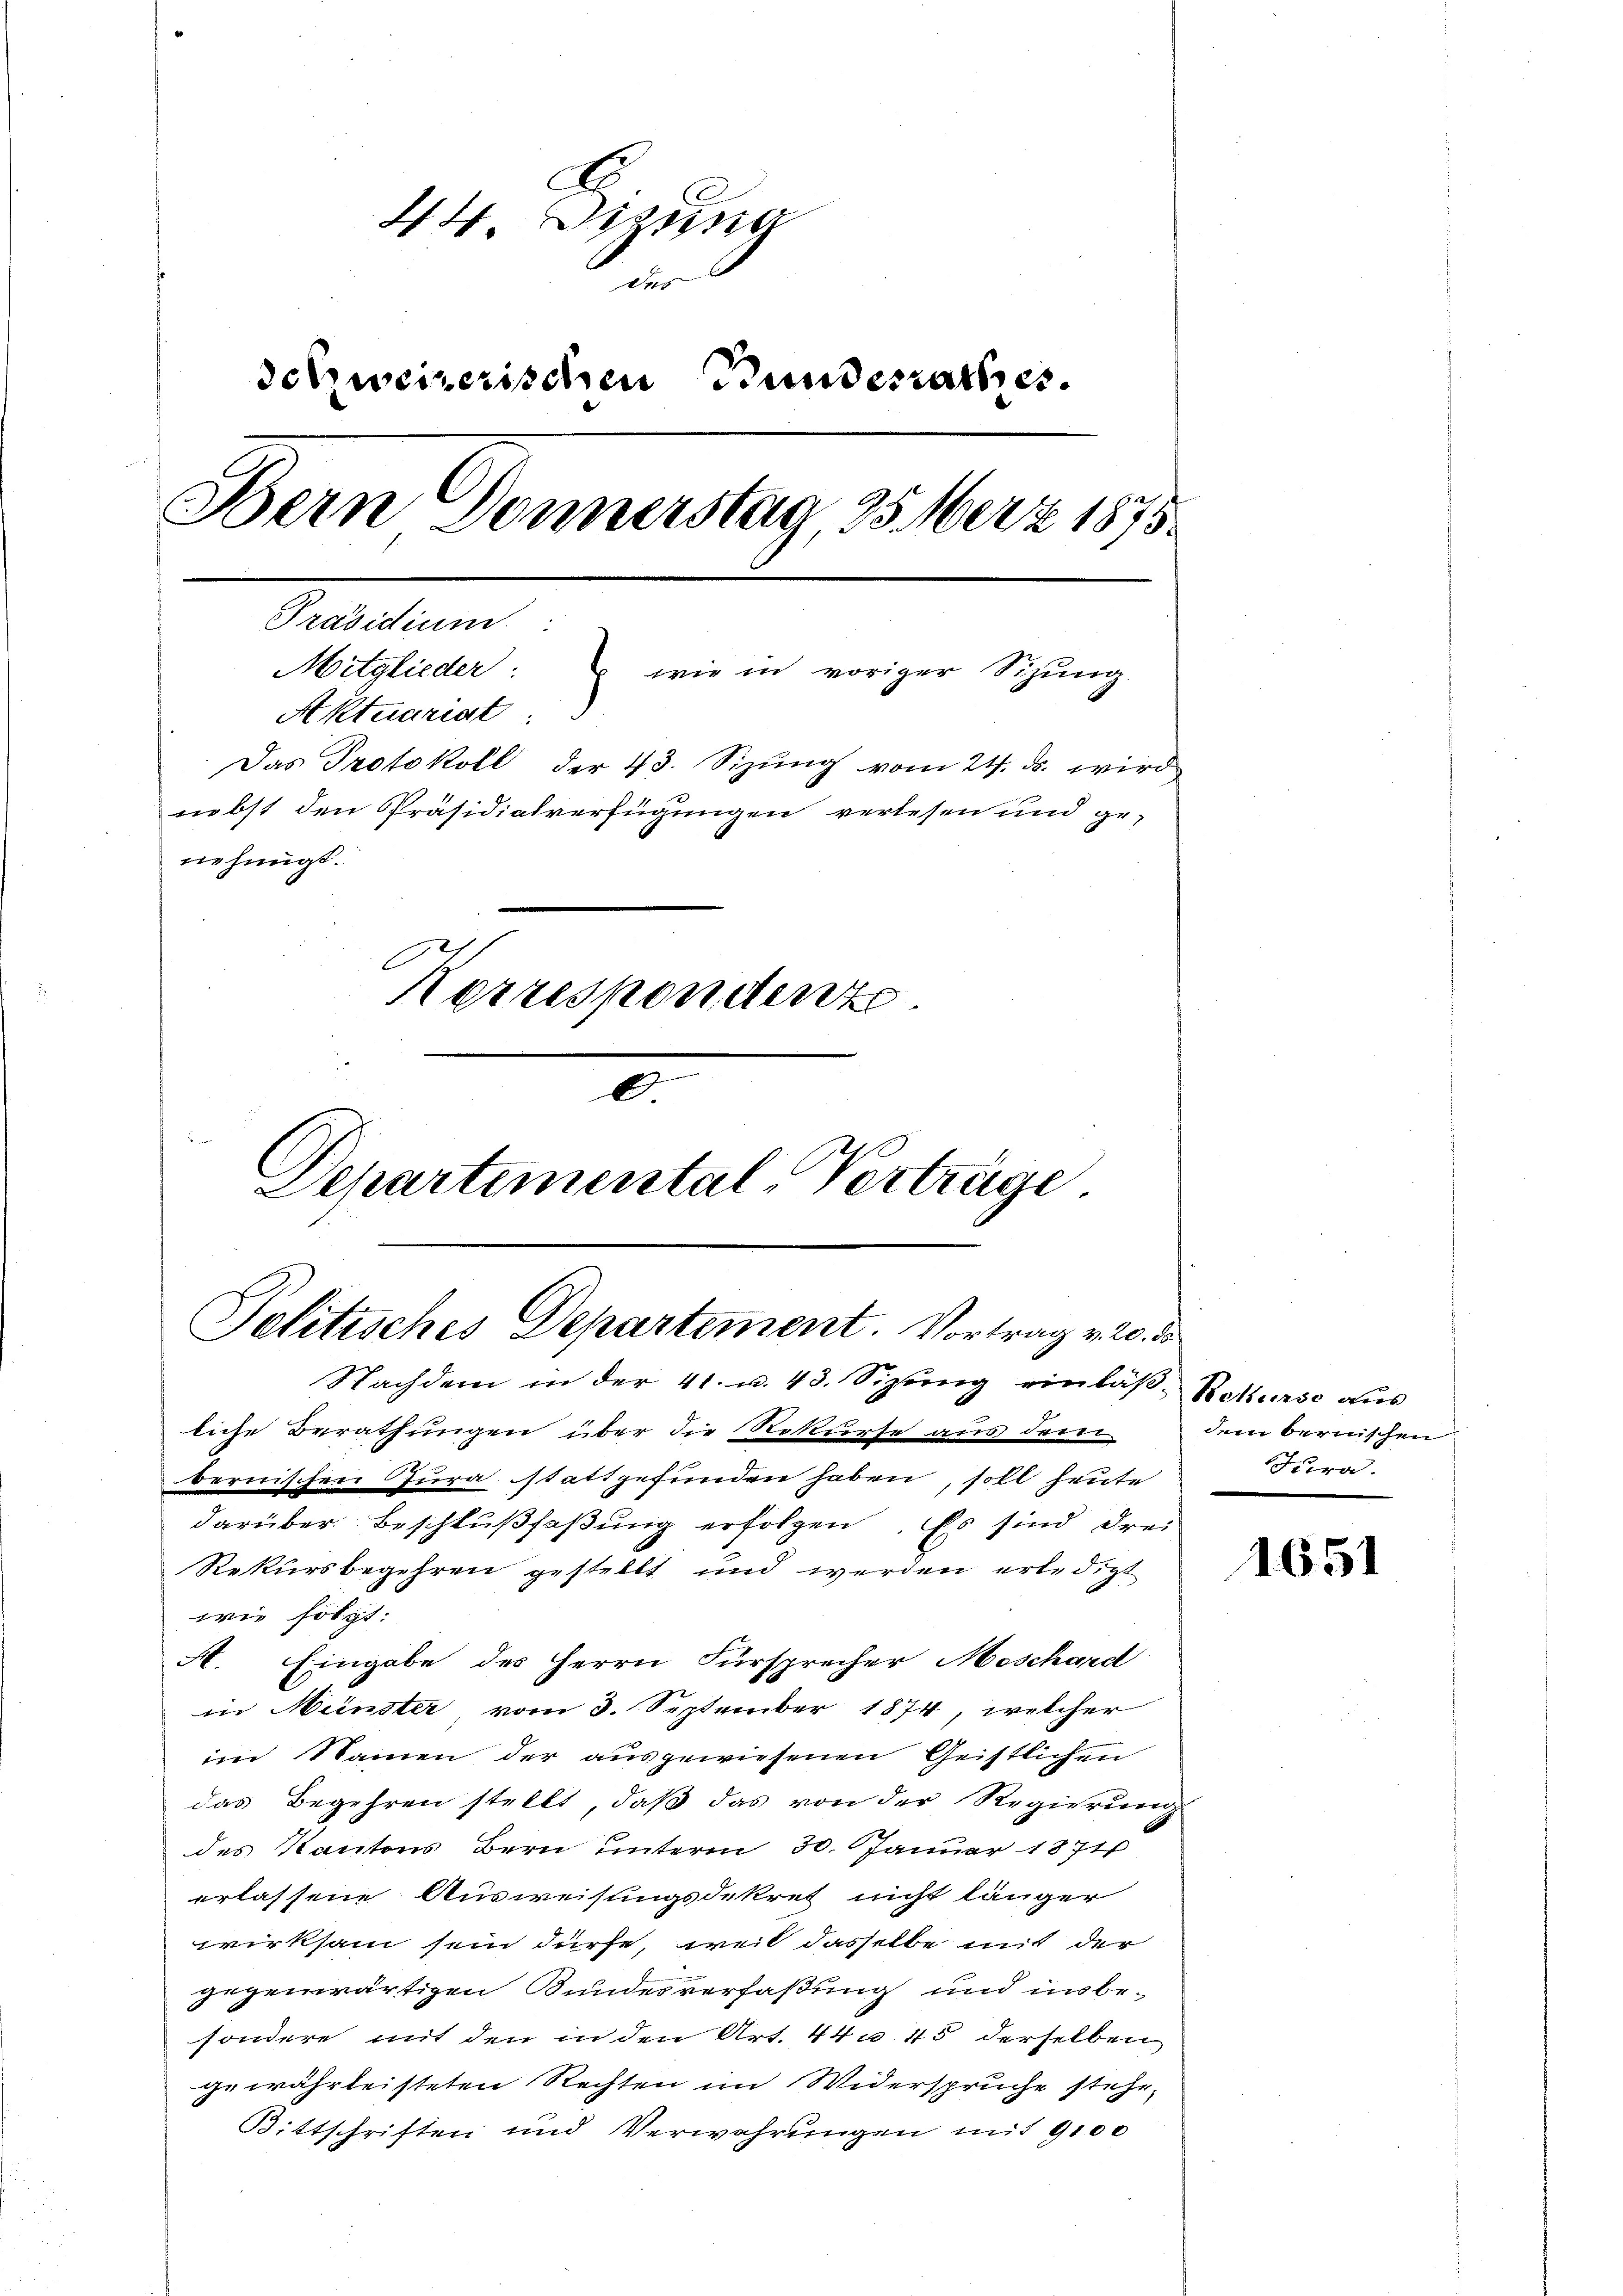
E
44. Dierna
das |
delzweizerischen Bundesrathes.
Bern Donnerstag 25 März 1875.
Präsidium.
Mitglieder: wie in voriger Sizŭng
Aktuariat
Das Protokoll der 43. Sizung vom 24. ds. wird
niebst den Präsidialverfügungen verlesen und ge-
nehmigt.
Korrespondente
e
Departemental-Verträge.

Politisches Departement. Vortrag v. 20. d.
Nachdem in der 41. u. 43. Sizung einläß- Rekurse aus

liche Berathungen über die Rekurse aus dem dem bernischen
bernischen Jura stattgefunden haben, soll heute
darüber Beschlußfaßung erfolgen. Es sind drei
Rekursbegehren gestellt und werden erledigt
wie folgt:
A. Eingabe des Herrn Fürsprecher Moschard
in Münster vom 3. September 1874, welcher
im Namen der ausgewiesenen Gristlichen
das Begehren stellt, daß das von der Regierung
des Kantons Bern unterm 30. Januar 1871
erlassene Ausweisungsdekret nicht länger
wirksam sein dürfe, weil dasselbe mit der
gegenwärtigen Bundesverfaßung und insbesondere mit den in den Art. 44 u. 45 derselben
gewährteisteten Rechten im Widerspruche stehe,
Bittschriften und Verwahrungen mit 9100

Jura.

1651